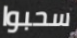
سحبوا